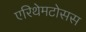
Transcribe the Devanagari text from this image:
एरिथेमटोसस